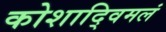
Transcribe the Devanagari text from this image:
कोशाद्विमलं